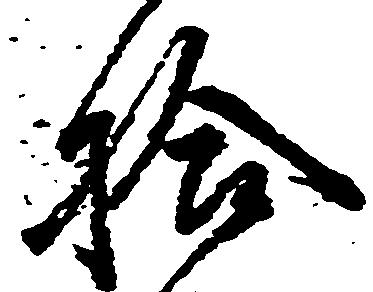
拾